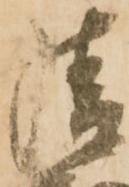
清